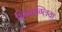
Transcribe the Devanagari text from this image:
चिनाग्लिया